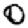
Digit: 0